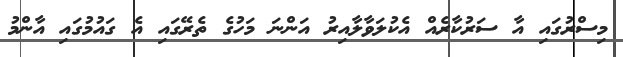
މިސްރުގައި އާ ސަރުކާރެއް އެކުލަވާލާއިރު އަންނަ މަހުގެ ތެރޭގައި އެ ގައުމުގައި އާންމު